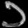
Digit: ၁